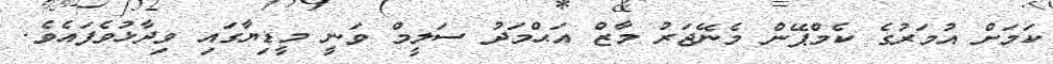
ކަމަށް އުމަރުގެ ކެމްޕޭން މެނޭޖަރު މާޒް އަޙްމަދު ސަލީމް ވަނީ މީޑިޔާގައި ވިދާޅުވެފައެވެ.